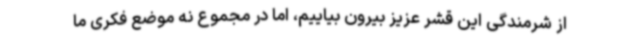
از شرمندگی این قشر عزیز بیرون بیاییم، اما در مجموع نه موضع فکری ما